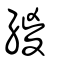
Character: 緵